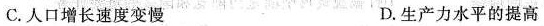
C.人口增长速度变慢 D.生产力水平的提高